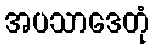
အပသာဒေတုံ